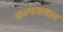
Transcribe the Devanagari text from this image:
कम्पयमान